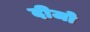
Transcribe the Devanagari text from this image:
दीजो